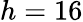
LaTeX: h=16